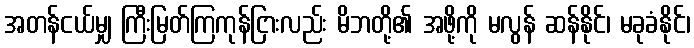
အတန်ငယ်မျှ ကြီးမြတ်ကြကုန်ငြားလည်း မိဘတို့၏ အဖို့ကို မလွန် ဆန်နိုင်၊ မခုခံနိုင်၊